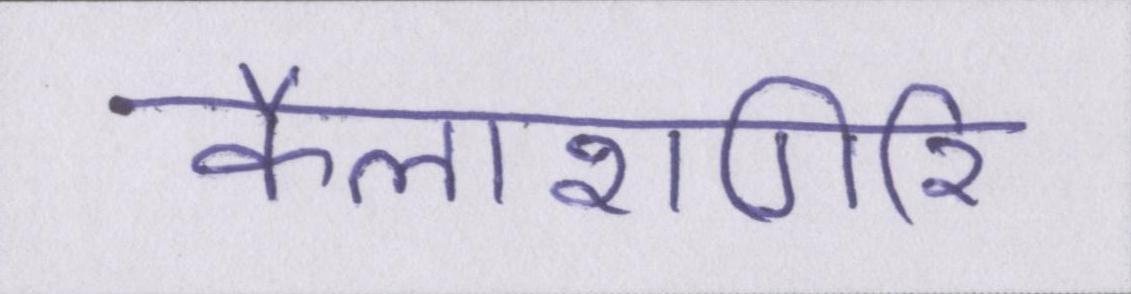
कैलाशगिरि